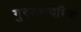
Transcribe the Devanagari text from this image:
गुरुतत्त्वमिदं